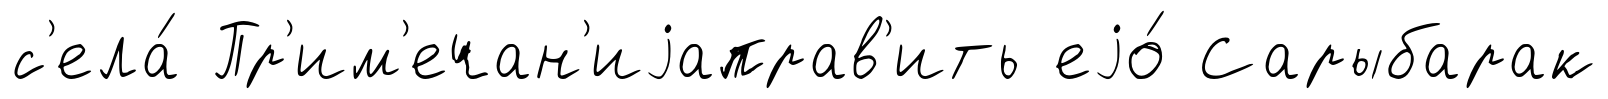
с'ела́ Пр'им'ечан'иjаправ'ить еjо́ Сарыбарак